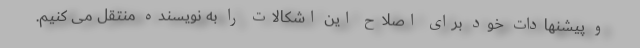
و پیشنهادات خود برای اصلاح این اشکالات را به نویسنده منتقل می کنیم.